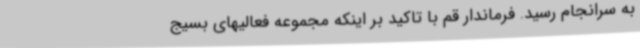
به سرانجام رسید. فرماندار قم با تاکید بر اینکه مجموعه فعالیهای بسیج